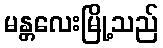
မန္တလေးမြို့သည်